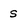
Character: S